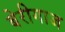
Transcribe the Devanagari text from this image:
बेरीगाज